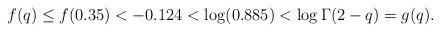
LaTeX: \begin{align*}f(q) \leq f(0.35) < -0.124 < \log(0.885) < \log \Gamma(2-q) = g(q).\end{align*}